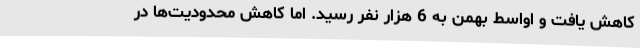
کاهش یافت و اواسط بهمن به 6 هزار نفر رسید. اما کاهش محدودیت‌ها در